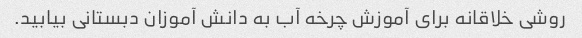
روشی خلاقانه برای آموزش چرخه آب به دانش آموزان دبستانی بیابید.